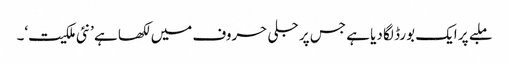
ملبے پر ایک بورڈ لگا دیا ہے جس پر جلی حروف میں لکھا ہے ’نئی ملکیت‘۔